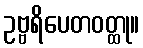
ဥဗ္ဗရိပေတဝတ္ထု။